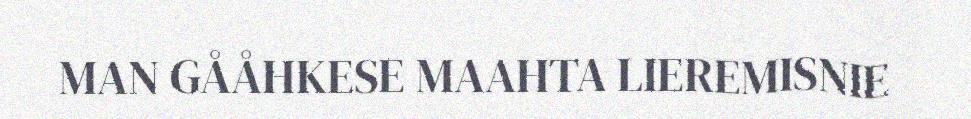
MAN GÅÅHKESE MAAHTA LIEREMISNIE